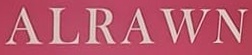
ALRAWN